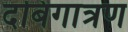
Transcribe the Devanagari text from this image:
दबिगात्रण